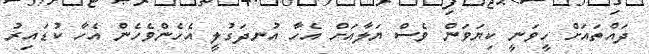
ދައްތައަށް ހީވަނީ ކިޔަވަން ވެސް ޔަލާއަށް އެހާ އުނދަގުލީ އެހެންވެހެން އެހާ ކުޑައިރު